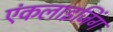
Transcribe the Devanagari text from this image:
एंकलाइजिंग